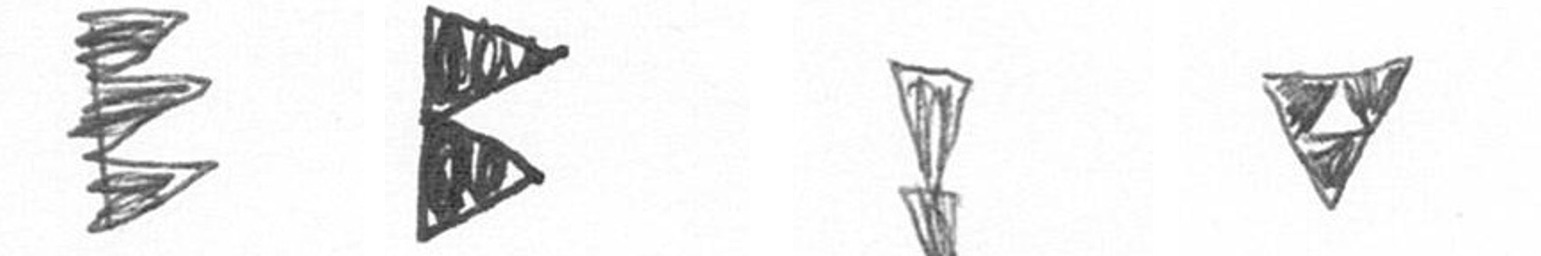
H P Z S